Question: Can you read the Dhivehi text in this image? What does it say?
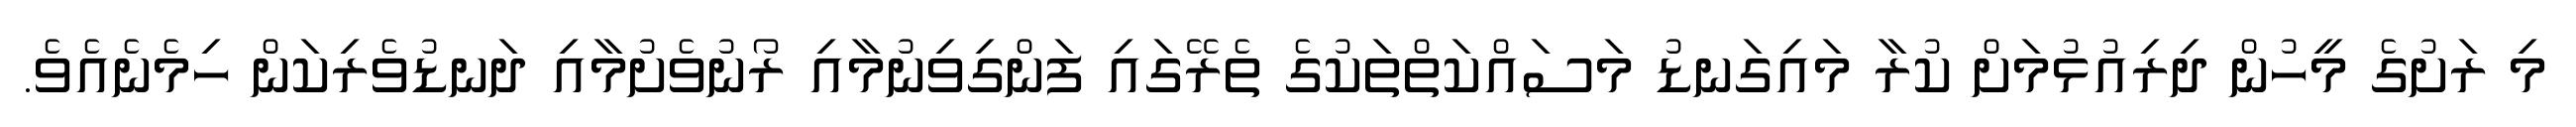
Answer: މި ރަށުގެ މީހުން ދިރިއުޅުމަށް ކުރާ މައިގަނޑު މަސައްކަތްތަކުގެ ތެރޭގައި ފަންގިވިނުމާއި ރޯނުވެށުމާއި ދަނޑުވެރިކަން ހިމެނެއެވެ.